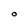
Character: o